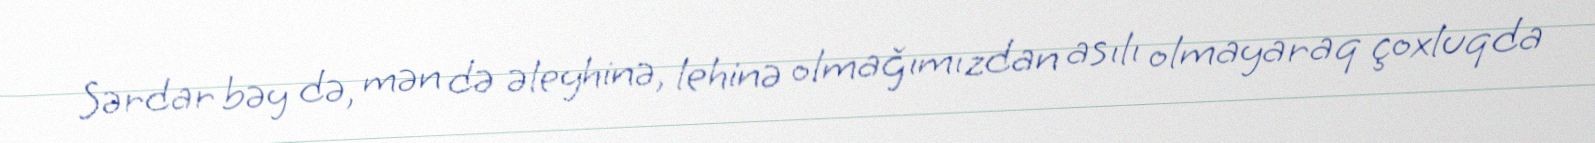
Sərdar bəy də, mən də əleyhinə, lehinə olmağımızdan asılı olmayaraq çoxluqda